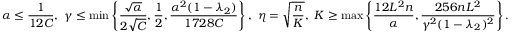
\alpha \leq \frac { 1 } { 1 2 C } , \ \gamma \leq \operatorname* { m i n } \left\{ \frac { \sqrt { \alpha } } { 2 \sqrt { C } } , \frac { 1 } { 2 } , \frac { \alpha ^ { 2 } ( 1 - \lambda _ { 2 } ) } { 1 7 2 8 C } \right\} , \ \eta = \sqrt { \frac { n } { K } } , \ K \geq \operatorname* { m a x } \left\{ \frac { 1 2 L ^ { 2 } n } { \alpha } , \frac { 2 5 6 n L ^ { 2 } } { \gamma ^ { 2 } ( 1 - \lambda _ { 2 } ) ^ { 2 } } \right\} .